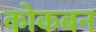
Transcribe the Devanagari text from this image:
कोकबन